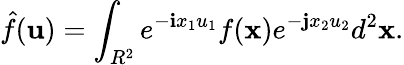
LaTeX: \hat{f}({\mathbf u})=\int_{R^{2}}e^{-{\mathbf i}x_{1}u_{1}}f({\mathbf x})e^{-{\mathbf j}x_{2}u_{2}}d^{2}{\mathbf x}.